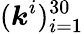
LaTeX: (\boldsymbol{k}^{i})_{i=1}^{30}